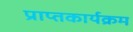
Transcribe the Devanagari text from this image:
प्राप्तकार्यक्रम